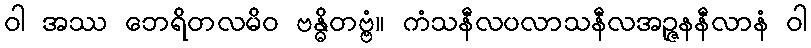
ဝါ အဿ ဘေရိတလမိဝ ဗန္ဓိတဗ္ဗံ။ ကံသနီလပလာသနီလအဉ္ဇနနီလာနံ ဝါ